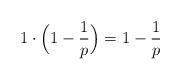
LaTeX: \begin{align*} 1 \cdot \Big(1-\frac{1}{p} \Big) = 1-\frac{1}{p}\end{align*}